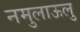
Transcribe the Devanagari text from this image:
नमुलाऊलु